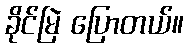
ခိုင်မြဲ ပြောတယ်။